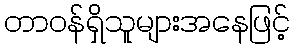
တာဝန်ရှိသူများအနေဖြင့်